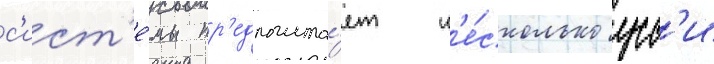
с'ист'е́мы пр'едполага́ет н'е́сколько усс'и